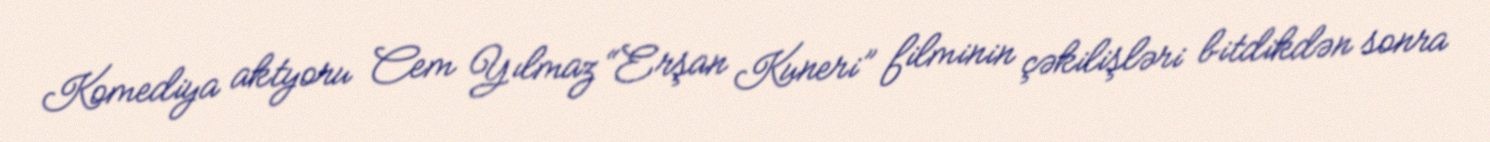
Komediya aktyoru Cem Yılmaz “Erşan Kuneri” filminin çəkilişləri bitdikdən sonra